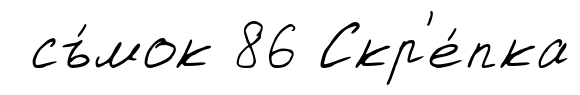
съ́мок 86 Скр'е́пка